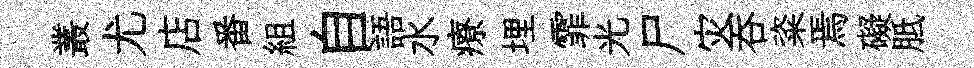
叢尤店番組自語水療埋霏光尸灾呑粢焉礙胝